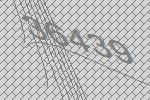
36439